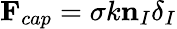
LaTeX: \textbf{F}_{cap}=\sigma k\textbf{n}_{I}\delta_{I}